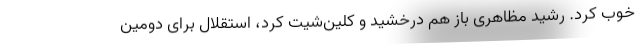
خوب کرد. رشید مظاهری باز هم درخشید و کلین‌شیت کرد، استقلال برای دومین